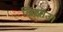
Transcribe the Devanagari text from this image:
जिझोउ।